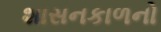
શાસનકાળનો